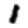
Digit: 1